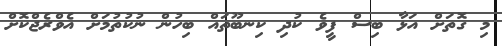
މި ގޮތަށް އަޅާ ބިސް ފީވެ ކުދި ކިނބޫތައް ބިހުން ނުކުތުމަށް އެވްރެޖްކޮށް